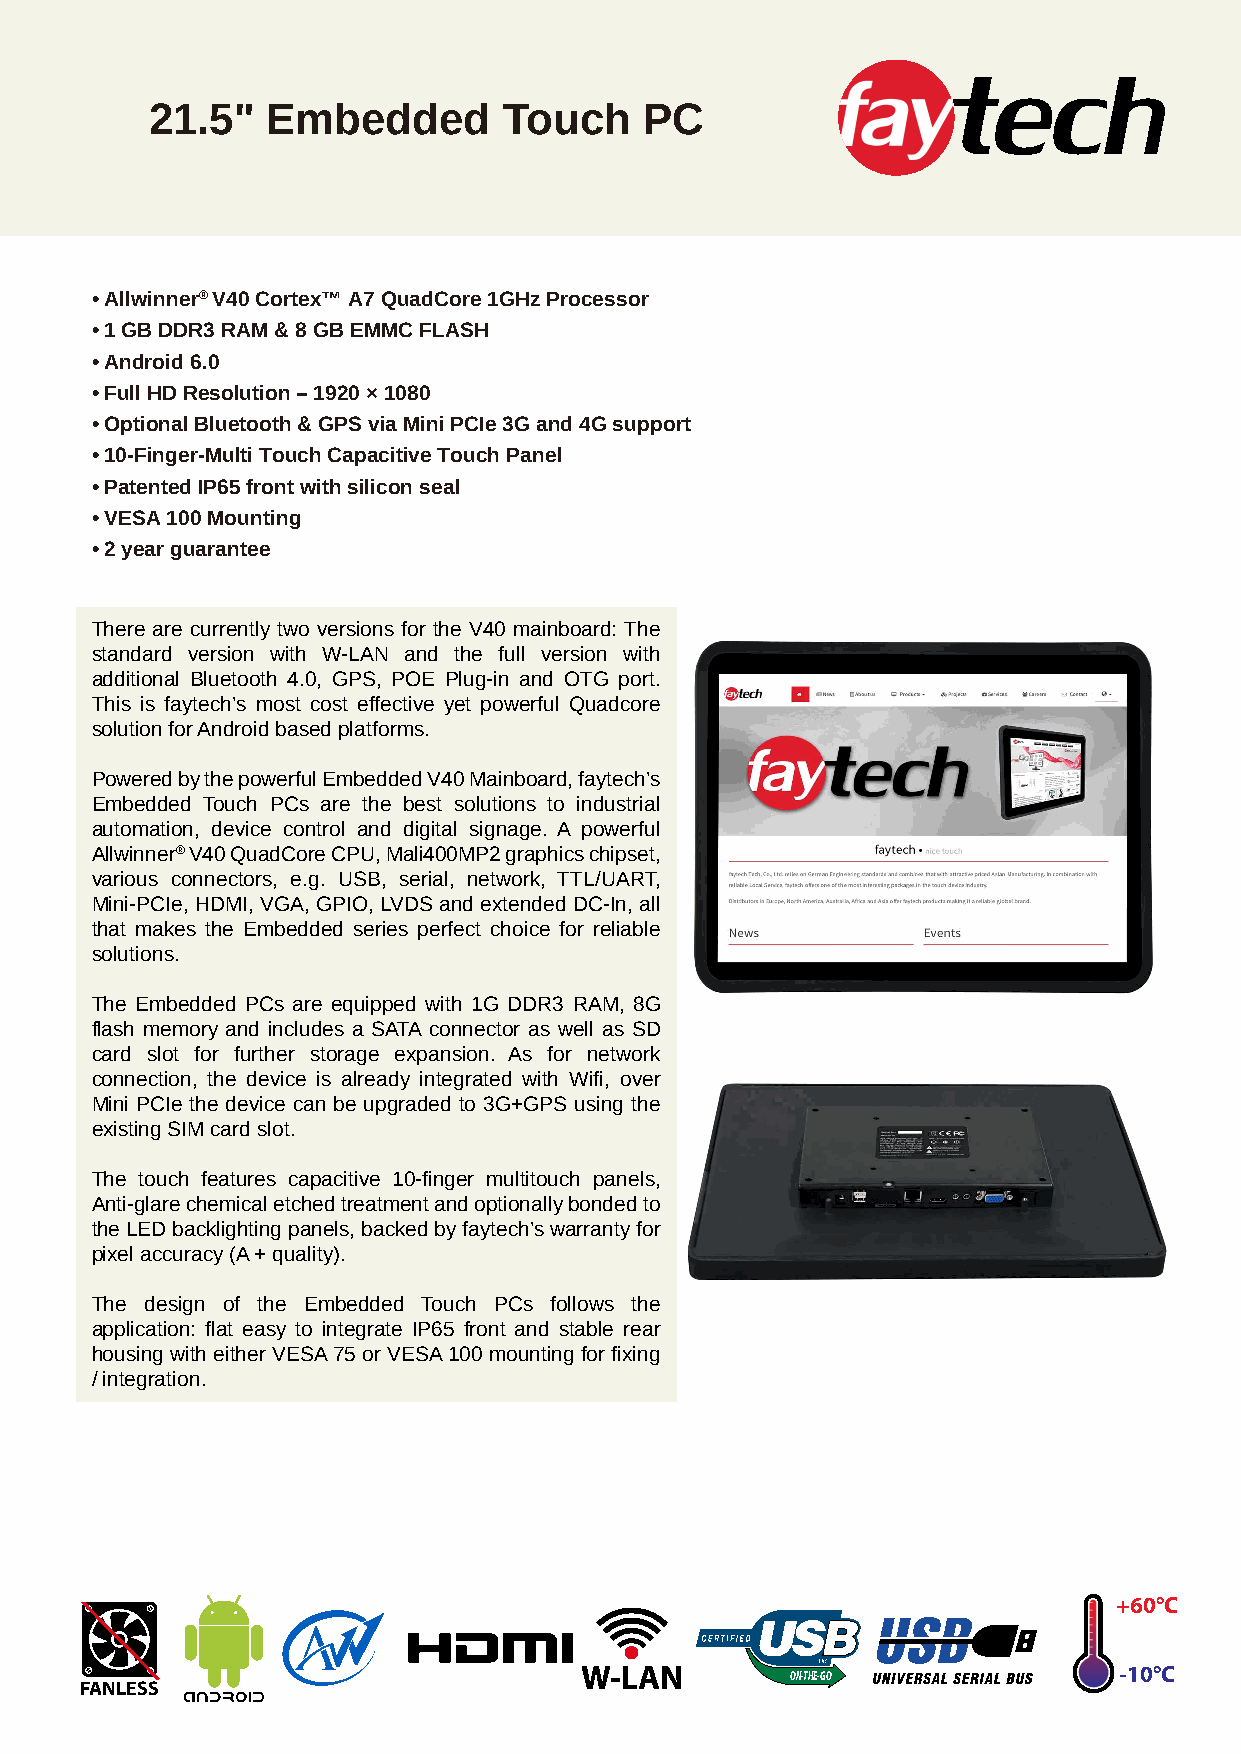
21.5"   Embedded       Touch     PC
 • Allwinner® V40 Cortex™ A7 QuadCore 1GHz Processor
 • 1 GB DDR3 RAM & 8 GB EMMC FLASH
 • Android 6.0
 • Full HD Resolution – 1920 × 1080
 • Optional Bluetooth & GPS via Mini PCIe 3G and 4G support
 • 10-Finger-Multi Touch Capacitive Touch Panel
 • Patented IP65 front with silicon seal
 • VESA 100 Mounting
 • 2 year guarantee
 There are currently two versions for the V40 mainboard: The
 standard version with W-LAN and the full version with
 additional Bluetooth 4.0, GPS, POE Plug-in and OTG port.
 This is faytech’s most cost effective yet powerful Quadcore
 solution for Android based platforms.
 Powered by the powerful Embedded V40 Mainboard, faytech’s
 Embedded Touch PCs are the best solutions to industrial
 automation, device control and digital signage. A powerful
 Allwinner® V40 QuadCore CPU, Mali400MP2 graphics chipset,
 various connectors, e.g. USB, serial, network, TTL/UART,
 Mini-PCIe, HDMI, VGA, GPIO, LVDS and extended DC-In, all
 that makes the Embedded series perfect choice for reliable
 solutions.
 The Embedded PCs are equipped with 1G DDR3 RAM, 8G
 flash memory and includes a SATA connector as well as SD
 card slot for further storage expansion. As for network
 connection, the device is already integrated with Wifi, over
 Mini PCIe the device can be upgraded to 3G+GPS using the
 existing SIM card slot.
 The touch features capacitive 10-finger multitouch panels,
 Anti-glare chemical etched treatment and optionally bonded to
 the LED backlighting panels, backed by faytech’s warranty for
 pixel accuracy (A + quality).
 The design of the Embedded Touch PCs follows the
 application: flat easy to integrate IP65 front and stable rear
 housing with either VESA 75 or VESA 100 mounting for fixing
 / integration.
 +60°C
 W-LAN         ON-THE-GO             -10°C
 FANLESS